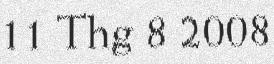
11 Thg 8 2008